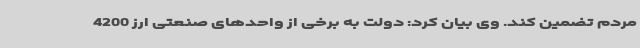
مردم تضمین کند. وی بیان کرد: دولت به برخی از واحدهای صنعتی ارز 4200